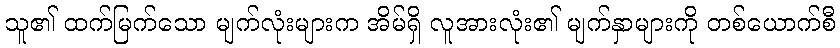
သူ၏ ထက်မြက်သော မျက်လုံးများက အိမ်ရှိ လူအားလုံး၏ မျက်နှာများကို တစ်ယောက်စီ